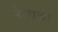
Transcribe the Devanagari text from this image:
रेवाचा